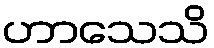
ဟာသေသိ